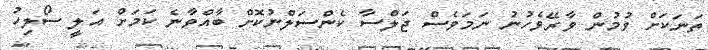
ތަނަކަށް ވުމުން ވާރޭވެހުނު ނަމަވެސް ޖަލްސާ ކެންސަލްނުކޮށް ބާއްވާނެ ކަމަށް އަލީ ސޯލިހު